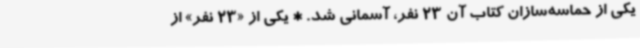
یکی از حماسه‌سازان کتاب آن 23 نفر، آسمانی شد. * یکی از «23 نفر» از